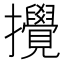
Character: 攪